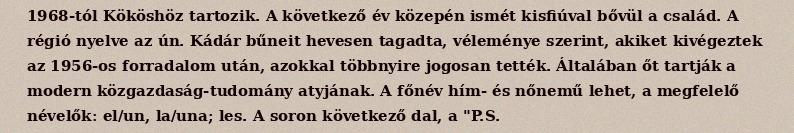
1968-tól Kököshöz tartozik. A következő év közepén ismét kisfiúval bővül a család. A régió nyelve az ún. Kádár bűneit hevesen tagadta, véleménye szerint, akiket kivégeztek az 1956-os forradalom után, azokkal többnyire jogosan tették. Általában őt tartják a modern közgazdaság-tudomány atyjának. A főnév hím- és nőnemű lehet, a megfelelő névelők: el/un, la/una; les. A soron következő dal, a "P.S.